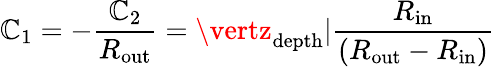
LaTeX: \mathbb{C}_{1}=-\frac{{\mathbb{C}_{2}}}{{R_{\mathrm{{out}}}}}=\vertz_{\mathrm{{depth}}}\vert\frac{{R_{\mathrm{{in}}}}}{{\left(R_{\mathrm{{out}}}-R_{\mathrm{{in}}}\right)}}